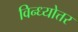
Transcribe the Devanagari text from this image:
विन्ध्योत्तर